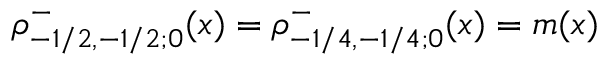
\rho _ { - 1 / 2 , - 1 / 2 ; 0 } ^ { - } ( x ) = \rho _ { - 1 / 4 , - 1 / 4 ; 0 } ^ { - } ( x ) = m ( x )